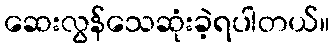
ဆေးလွန်သေဆုံးခဲ့ရပါတယ်။